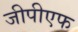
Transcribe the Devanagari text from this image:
जीपीएफ